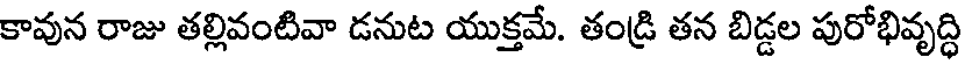
కావున రాజు తల్లివంటివా డనుట యుక్తమే. తండ్రి తన బిడ్డల పురోభివృద్ధి